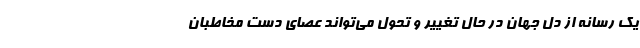
یک رسانه از دل جهان در حال تغییر و تحول می‌تواند عصای دست مخاطبان